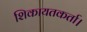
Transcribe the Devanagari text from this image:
शिकायतकर्ता।